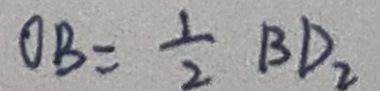
O B = \frac { 1 } { 2 } B D _ { 2 }